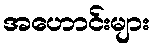
အဟောင်းများ